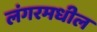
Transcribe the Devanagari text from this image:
लंगरमधील